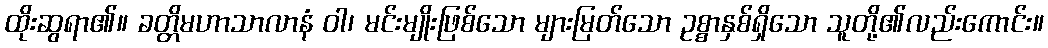
ထိုးဆွရာ၏။ ခတ္တိမဟာသာလာနံ ဝါ၊ မင်းမျိုးဖြစ်သော များမြတ်သော ဥစ္စာနှစ်ရှိသော သူတို့၏လည်းကောင်း။